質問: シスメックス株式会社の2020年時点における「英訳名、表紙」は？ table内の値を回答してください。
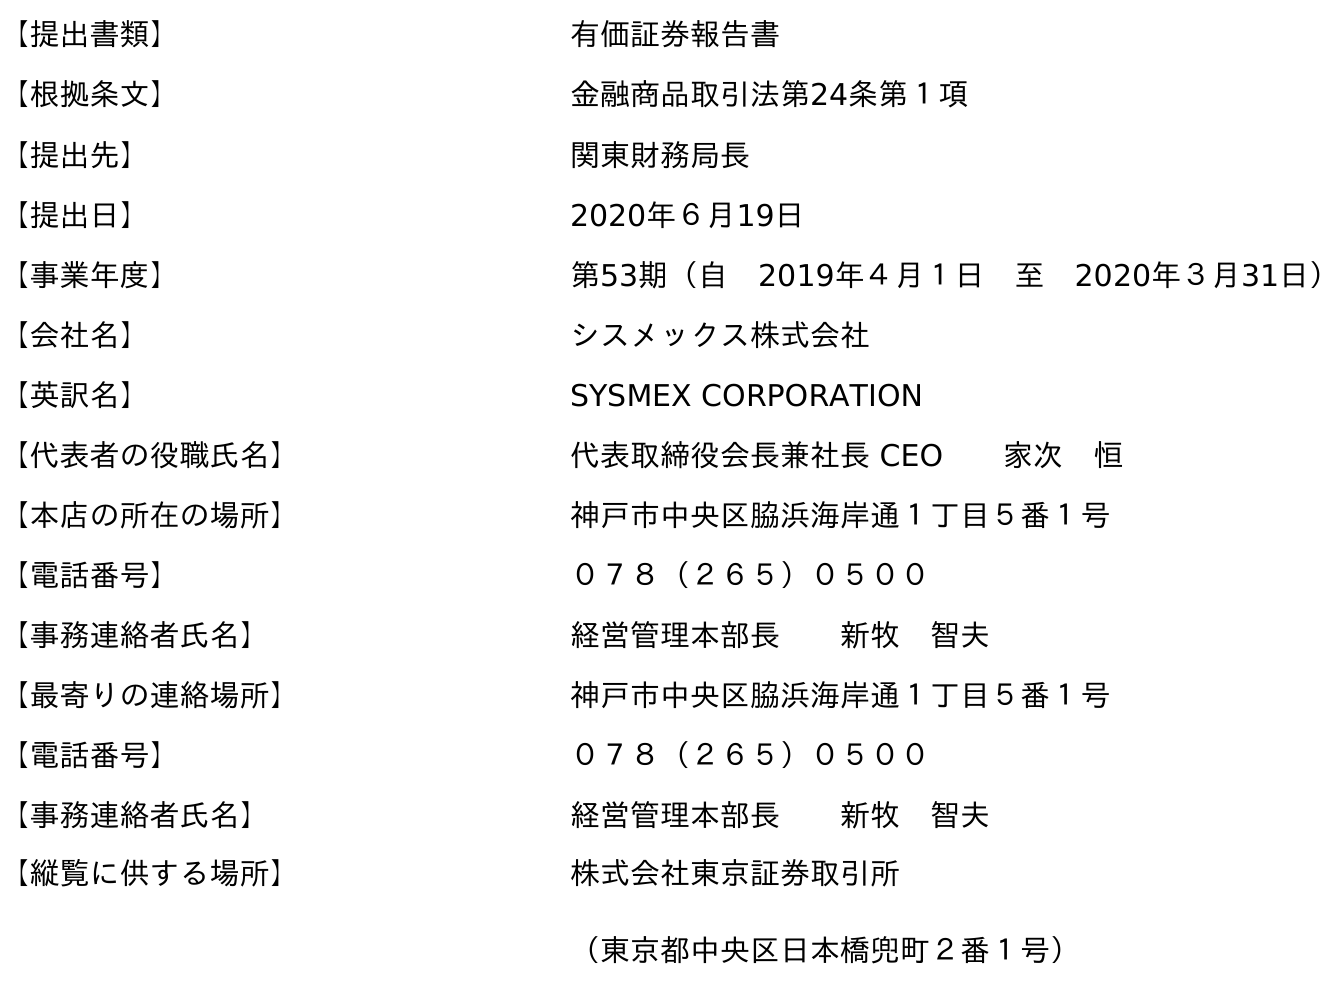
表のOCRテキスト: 【提出書類】 有価証券報告書 【根拠条文】 金融商品取引法第24条第１項 【提出先】 関東財務局長 【提出日】 2020年６月19日 【事業年度】 第53期（自 2019年４月１日 至 2020年３月31日） 【会社名】 シスメックス株式会社 【英訳名】 SYSMEX CORPORATION 【代表者の役職氏名】 代表取締役会長兼社長 CEO  家次 恒 【本店の所在の場所】 神戶市中央区脇浜海岸通１丁目５番１号 【電話番号】 ０７８（２６５）０５００ 【事務連絡者氏名】 経営管理本部長  新牧 智夫 【最寄りの連絡場所】 神戶市中央区脇浜海岸通１丁目５番１号 【電話番号】 ０７８（２６５）０５００ 【事務連絡者氏名】 経営管理本部長  新牧 智夫 【縦覧に供する場所】 株式会社東京証券取引所 （東京都中央区日本橋兜町２番１号）
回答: SYSMEX CORPORATION